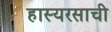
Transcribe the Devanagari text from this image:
हास्यरसाची